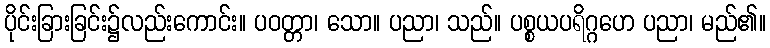
ပိုင်းခြားခြင်း၌လည်းကောင်း။ ပဝတ္တာ၊ သော။ ပညာ၊ သည်။ ပစ္စယပရိဂ္ဂဟေ ပညာ၊ မည်၏။